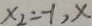
x _ { 2 } = - 1 , x